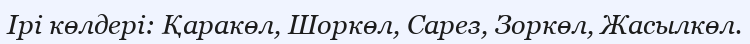
Ірі көлдері: Қаракөл, Шоркөл, Сарез, Зоркөл, Жасылкөл.